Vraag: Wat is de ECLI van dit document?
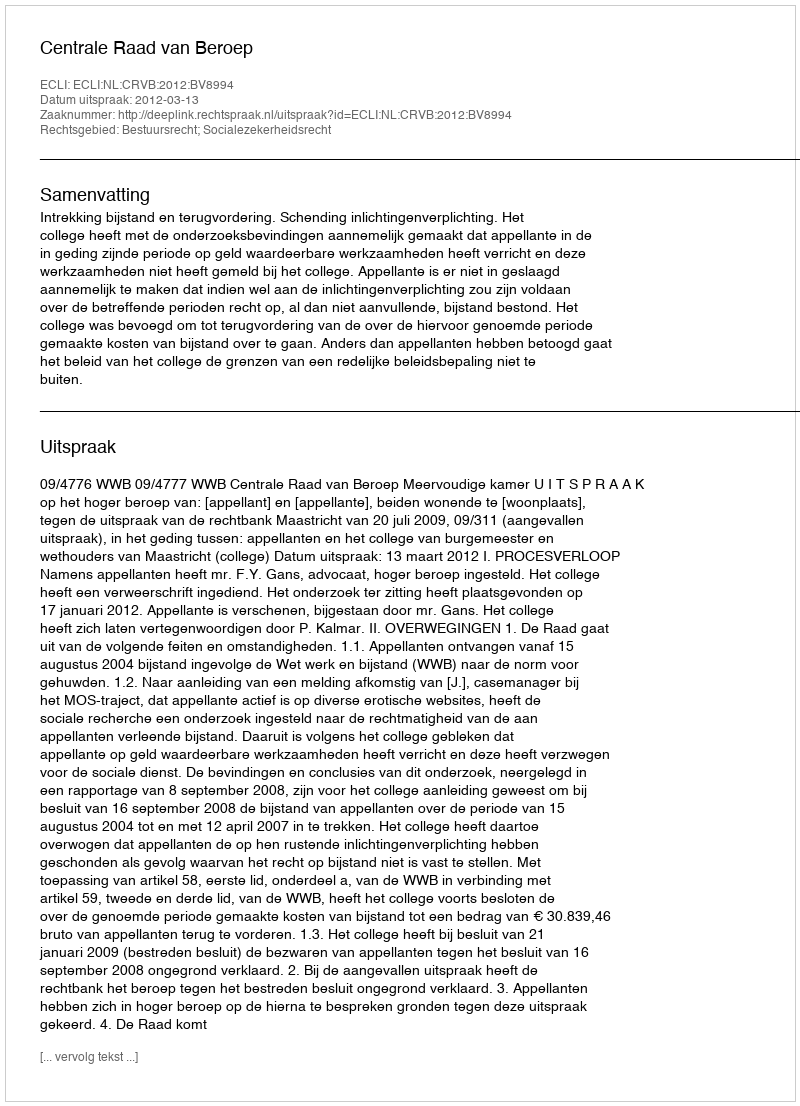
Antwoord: ECLI:NL:CRVB:2012:BV8994